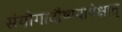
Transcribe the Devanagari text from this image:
संयोगादौष्ण्यापेक्षात्